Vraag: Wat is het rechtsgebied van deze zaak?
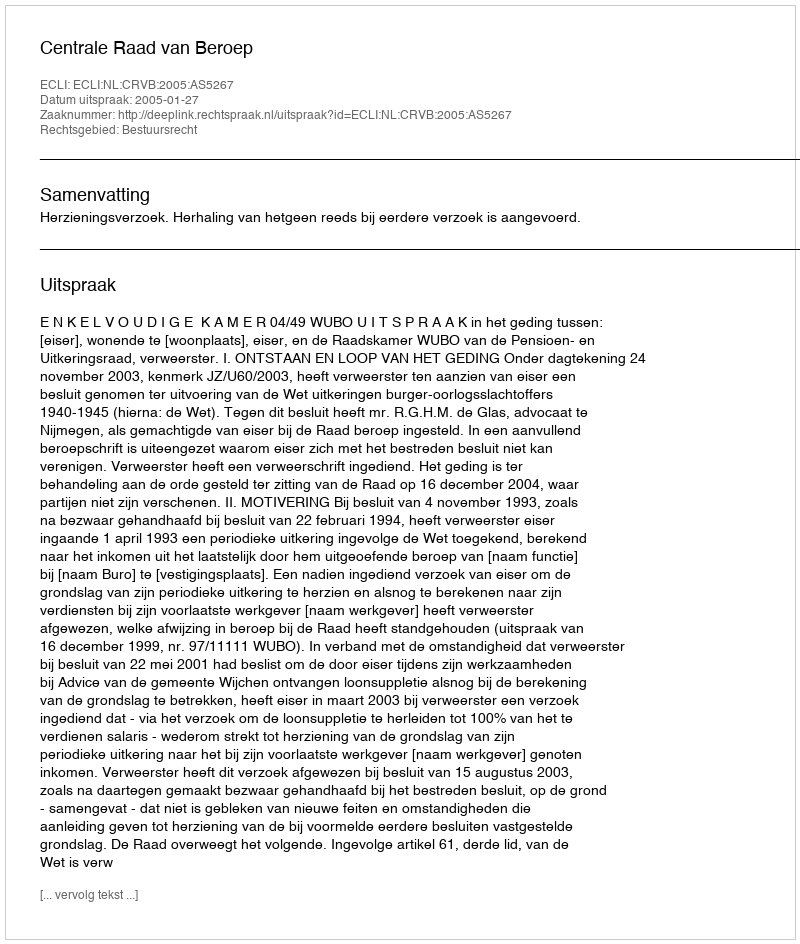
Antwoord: Bestuursrecht